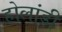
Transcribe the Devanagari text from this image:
होलांडी